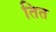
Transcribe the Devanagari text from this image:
तित